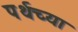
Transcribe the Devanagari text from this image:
पर्थच्या